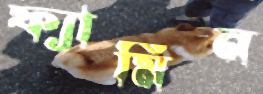
ফ্যামিন